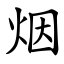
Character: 烟